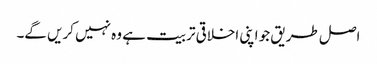
اصل طریق جو اپنی اخلاقی تربیت ہے وہ نہیں کریں گے۔